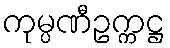
ကုမ္ပဏီဥက္ကဋ္ဌ